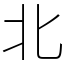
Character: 北